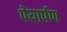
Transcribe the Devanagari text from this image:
पेयार्पण